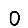
Digit: 0